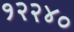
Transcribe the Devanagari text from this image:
१२२४०